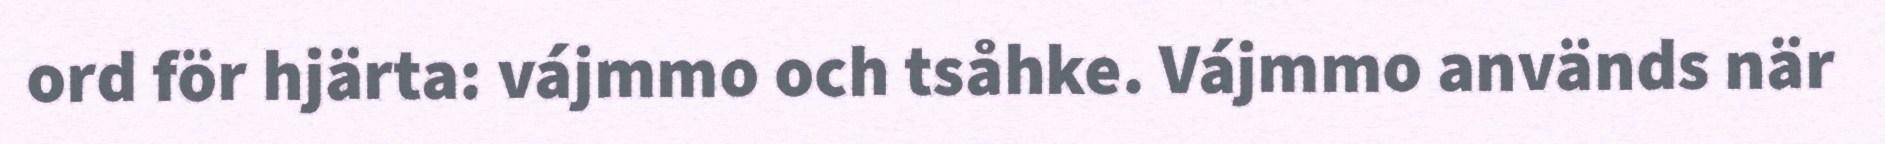
ord för hjärta: vájmmo och tsåhke. Vájmmo används när